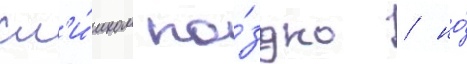
сл'и́шком по́здно / но́